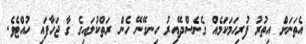
އެތަނަށް އިތުރު ފުރިހަމަކަމެއް ގެނެސްދޭއިރު ހިނގޭނޭ ހެން ރަތްކުލައިގެ ގާ ޖަހާފައި ހުއްޓެވެ.